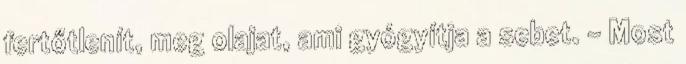
fertőtlenít, meg olajat, ami gyógyítja a sebet. - Most